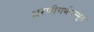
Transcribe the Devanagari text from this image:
धरणीगर्भसम्भूतं